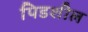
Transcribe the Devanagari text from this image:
पिडशील